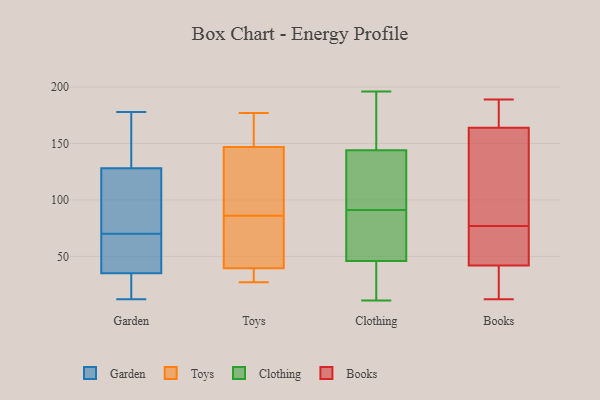
{"axis": {"x": "Revenue (USD Million)", "y": "Value"}, "legend": ["Books", "Clothing", "Garden", "Toys"], "data": [{"x": "", "y": 128, "type": "Garden"}, {"x": "", "y": 120, "type": "Garden"}, {"x": "", "y": 35, "type": "Garden"}, {"x": "", "y": 135, "type": "Garden"}, {"x": "", "y": 39, "type": "Garden"}, {"x": "", "y": 86, "type": "Garden"}, {"x": "", "y": 160, "type": "Garden"}, {"x": "", "y": 12, "type": "Garden"}, {"x": "", "y": 17, "type": "Garden"}, {"x": "", "y": 119, "type": "Garden"}, {"x": "", "y": 43, "type": "Garden"}, {"x": "", "y": 178, "type": "Garden"}, {"x": "", "y": 28, "type": "Garden"}, {"x": "", "y": 54, "type": "Garden"}, {"x": "", "y": 44, "type": "Toys"}, {"x": "", "y": 38, "type": "Toys"}, {"x": "", "y": 171, "type": "Toys"}, {"x": "", "y": 158, "type": "Toys"}, {"x": "", "y": 60, "type": "Toys"}, {"x": "", "y": 177, "type": "Toys"}, {"x": "", "y": 28, "type": "Toys"}, {"x": "", "y": 144, "type": "Toys"}, {"x": "", "y": 86, "type": "Toys"}, {"x": "", "y": 136, "type": "Toys"}, {"x": "", "y": 127, "type": "Toys"}, {"x": "", "y": 56, "type": "Toys"}, {"x": "", "y": 148, "type": "Toys"}, {"x": "", "y": 37, "type": "Toys"}, {"x": "", "y": 27, "type": "Toys"}, {"x": "", "y": 196, "type": "Clothing"}, {"x": "", "y": 188, "type": "Clothing"}, {"x": "", "y": 46, "type": "Clothing"}, {"x": "", "y": 108, "type": "Clothing"}, {"x": "", "y": 77, "type": "Clothing"}, {"x": "", "y": 172, "type": "Clothing"}, {"x": "", "y": 33, "type": "Clothing"}, {"x": "", "y": 104, "type": "Clothing"}, {"x": "", "y": 144, "type": "Clothing"}, {"x": "", "y": 15, "type": "Clothing"}, {"x": "", "y": 78, "type": "Clothing"}, {"x": "", "y": 65, "type": "Clothing"}, {"x": "", "y": 131, "type": "Clothing"}, {"x": "", "y": 11, "type": "Clothing"}, {"x": "", "y": 82, "type": "Books"}, {"x": "", "y": 42, "type": "Books"}, {"x": "", "y": 60, "type": "Books"}, {"x": "", "y": 164, "type": "Books"}, {"x": "", "y": 38, "type": "Books"}, {"x": "", "y": 182, "type": "Books"}, {"x": "", "y": 189, "type": "Books"}, {"x": "", "y": 27, "type": "Books"}, {"x": "", "y": 73, "type": "Books"}, {"x": "", "y": 93, "type": "Books"}, {"x": "", "y": 24, "type": "Books"}, {"x": "", "y": 82, "type": "Books"}, {"x": "", "y": 12, "type": "Books"}, {"x": "", "y": 179, "type": "Books"}, {"x": "", "y": 81, "type": "Books"}, {"x": "", "y": 167, "type": "Books"}, {"x": "", "y": 68, "type": "Books"}, {"x": "", "y": 56, "type": "Books"}]}